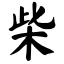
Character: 柴